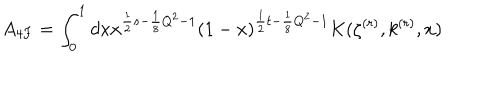
LaTeX: A _ { 4 F } = \int _ { 0 } ^ { 1 } d x x ^ { \frac { 1 } { 2 } s - \frac { 1 } { 8 } Q ^ { 2 } - 1 } ( 1 - x ) ^ { \frac { 1 } { 2 } t - \frac { 1 } { 8 } Q ^ { 2 } - 1 } K ( \zeta ^ { ( r ) } , k ^ { ( r ) } , x )